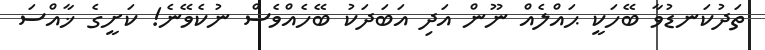
ތަދުކަނޑުވާ ބޭހަކީ ޙައްލެއް ނޫން އަދި އަބަދަކު ބޭހެއްވެސް ނުކެވޭނެ! ކަށީގެ ޚާއްސަ